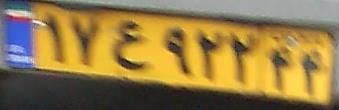
۱۷ع۹۲۲۴۴